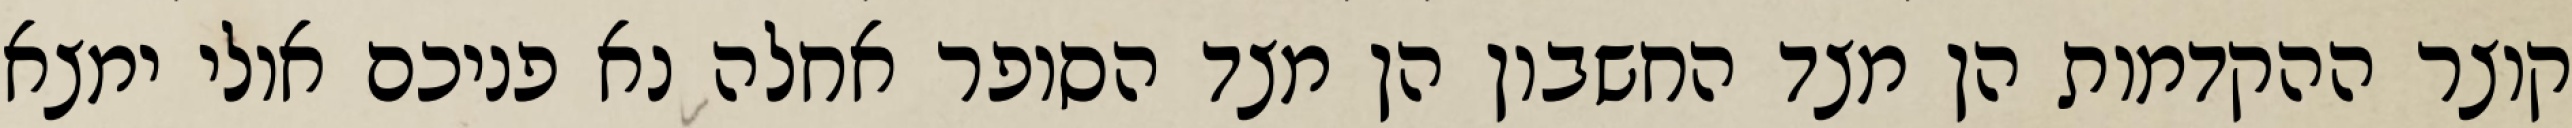
קוצר ההקדמות הן מצד החשבון הן מצד הסופר אחלה נא פניכם אולי ימצא